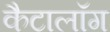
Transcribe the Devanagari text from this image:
कैटालॉग